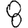
Digit: 8